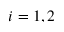
i = 1 , 2